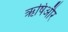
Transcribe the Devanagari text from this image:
ऋषिऔर